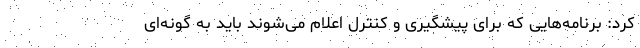
کرد: برنامه‌هایی که برای پیشگیری و کنترل اعلام می‌شوند باید به گونه‌ای